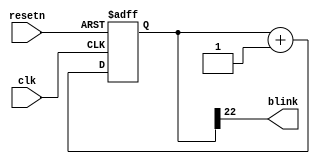
`timescale 1ns/100ps
module blinky(
   input    clk,
   input    resetn,
   output   blink
   );

   
   reg [22:0] counter;
   
   assign blink = counter[22];

   always@(posedge clk or negedge resetn)
   begin
      if(~resetn)
         begin
            counter <= 16'h0000;
         end
      else
         begin
            counter <= counter + 1;
         end
   end
endmodule